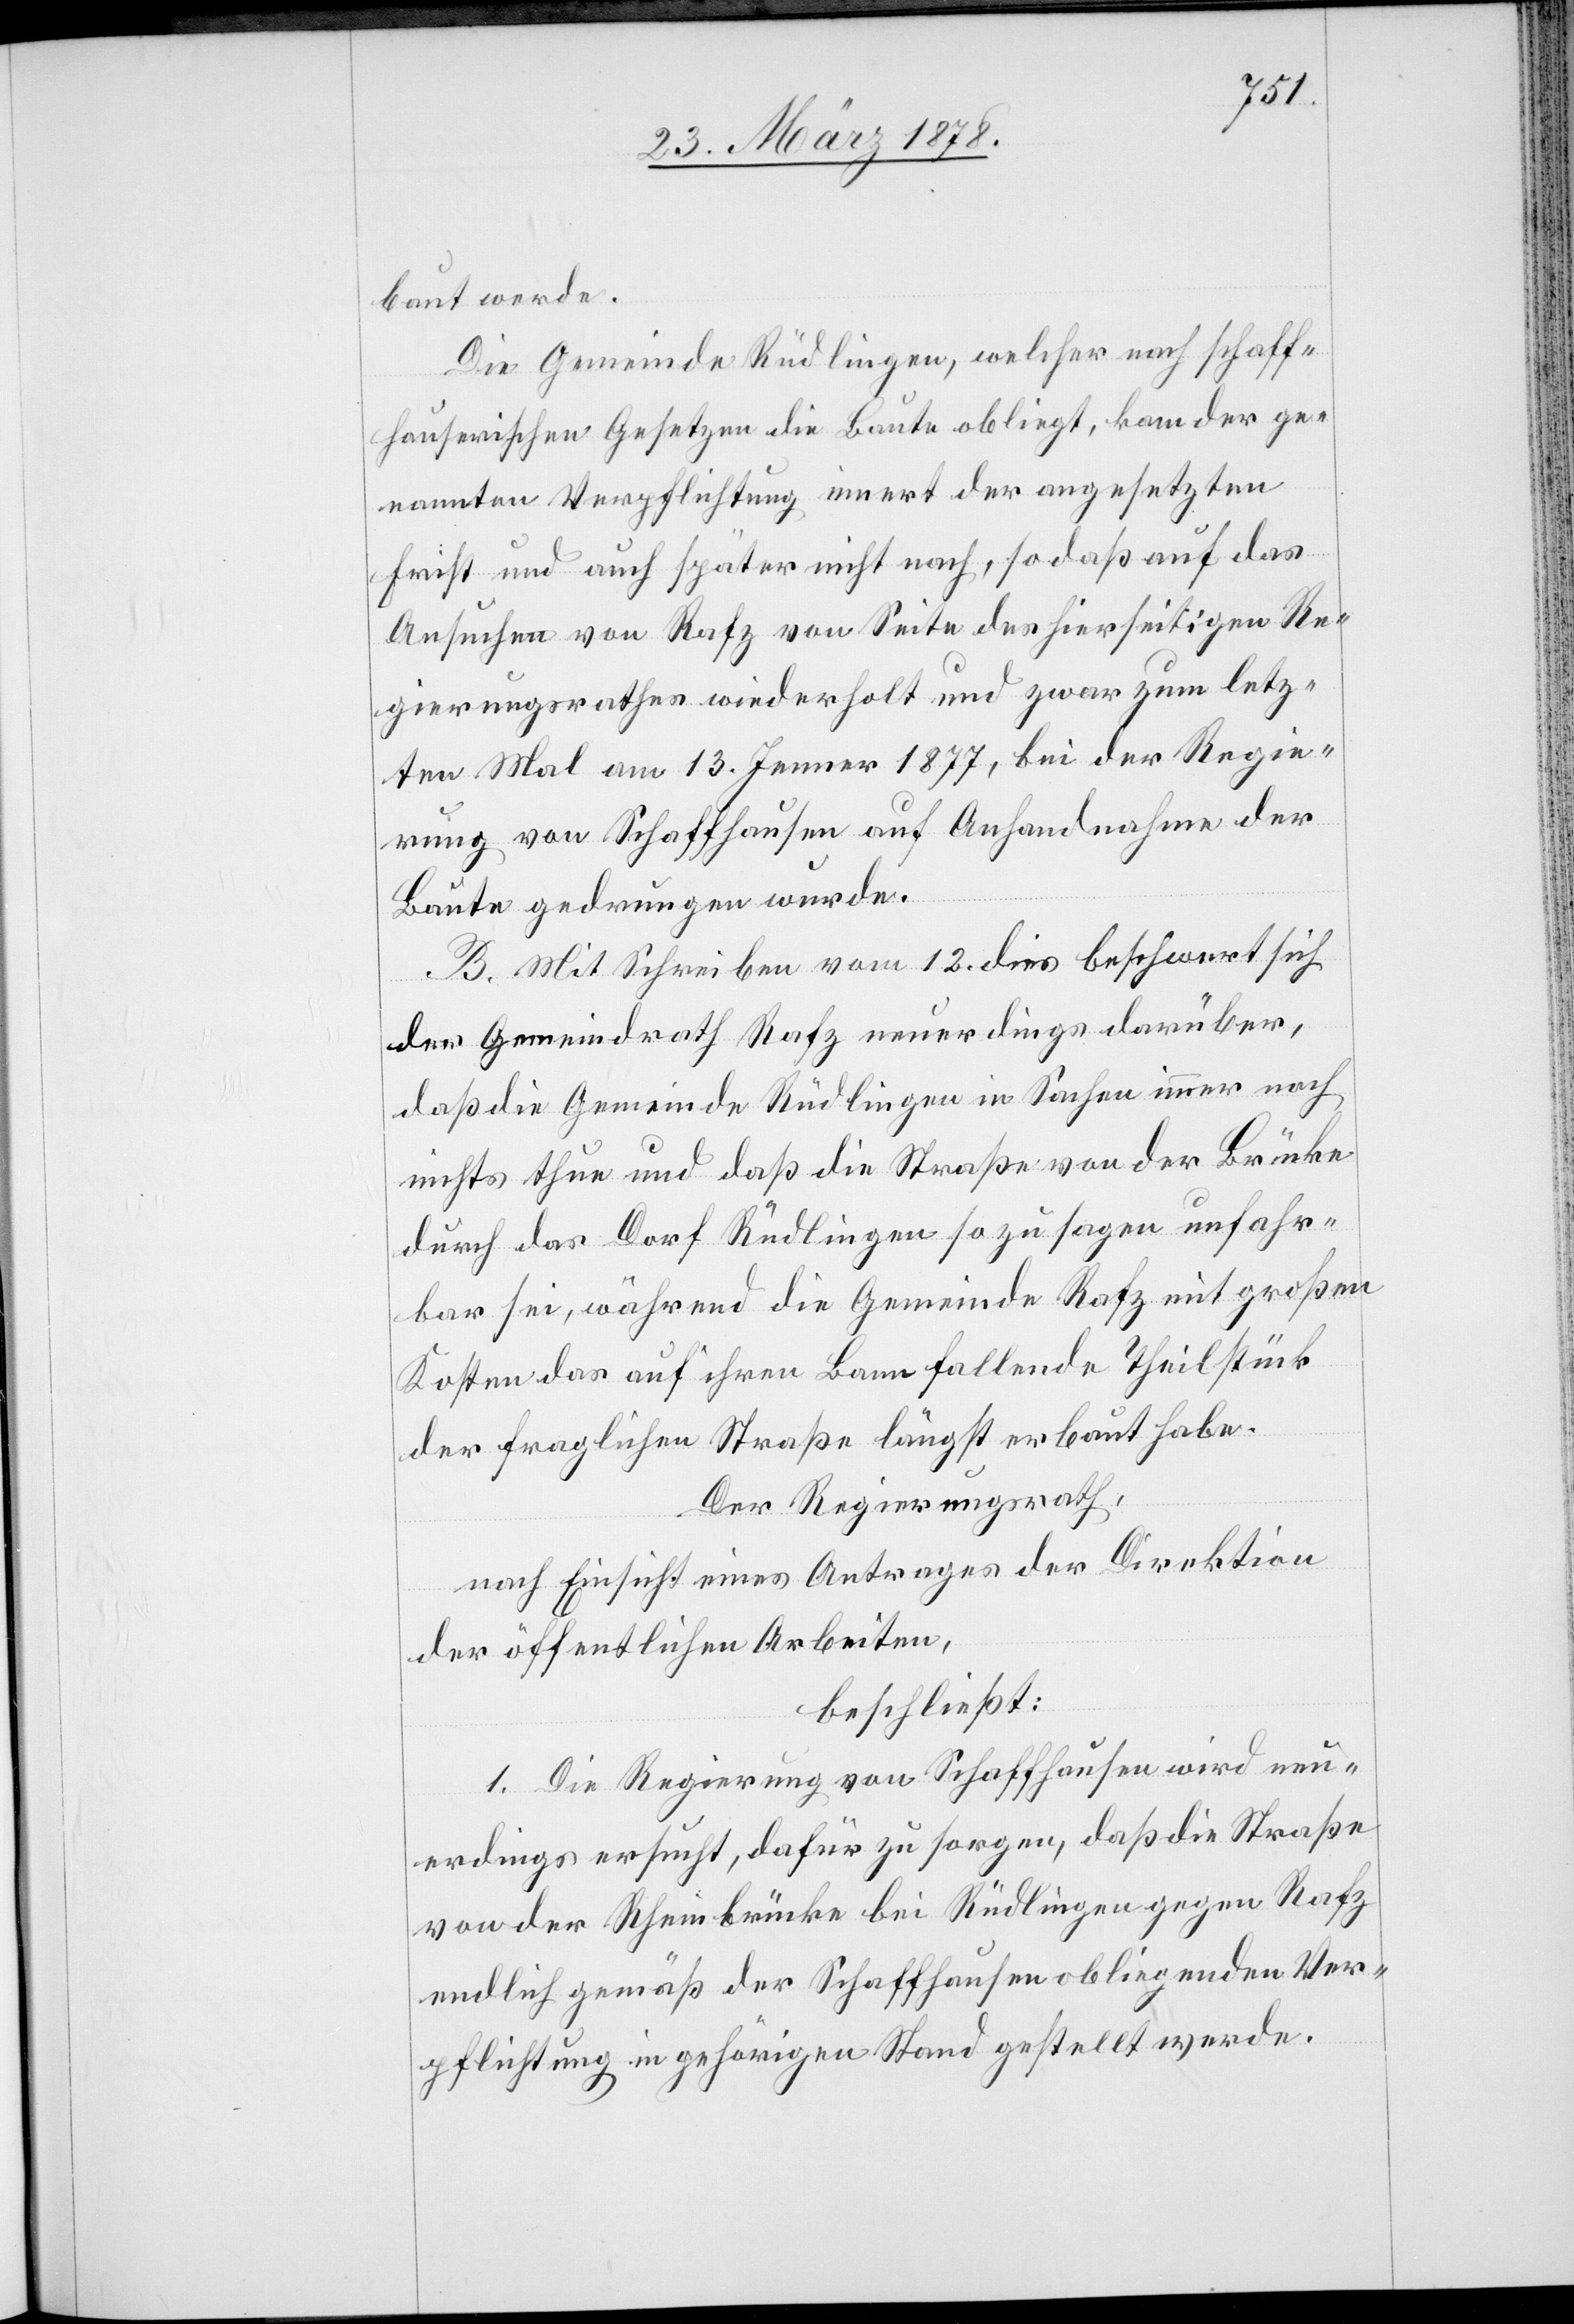
baut werde.
Die Gemeinde Rüdlingen, welcher nach Schaff¬
hauserischen Gesetzen die Baute obliegt, kam der ge¬
nannten Verpflichtung innert der angesetzten
Frist und auch später nicht nach, so daß auf das
Ansuchen von Rafz von Seite des hierseitigen Re¬
gierungsrathes wiederholt und zwar zum letz¬
ten Mal am 13. Jenner 1877, bei der Regie¬
rung von Schaffhausen auf Anhandnahme der
Baute gedrungen wurde.
B. Mit Schreiben vom 12. dies beschwert sich
der Gemeindrath Rafz neuerdings darüber,
daß die Gemeinde Rüdlingen in Sachen immer noch
nichts thue und daß die Straße von der Brücke
durch das Dorf Rüdlingen so zu sagen unfahr¬
bar sei, während die Gemeinde Rafz mit großen
Kosten das auf ihren Bann fallende Theilstück
der fraglichen Straße längst erbaut habe.
Der Regierungsrath,
nach Einsicht eines Antrages der Direktion
der öffentlichen Arbeiten,
beschließt:
1. Die Regierung von Schaffhausen wird neu¬
erdings ersucht, dafür zu sorgen, daß die Straße
von der Rheinbrücke bei Rüdlingen gegen Rafz
endlich gemäß der Schaffhausen obliegenden Ver¬
pflichtung in gehörigen Stand gestellt werde.